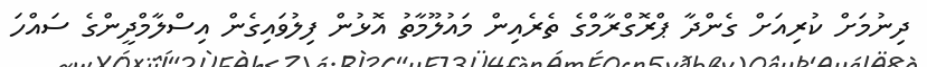
ދިނުމަށް ކުރިއަށް ގެންދާ ޕްރޮގްރާމްގެ ތެރެއިން މައުލޫމާތު އޮޅުން ފިލުވައިގެން އިސްލާމްދީންގެ ސައްހަ